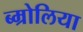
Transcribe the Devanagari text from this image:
ब्म्रोलिया